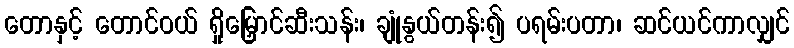
တောနှင့် တောင်ဝယ် ရှိုမြှောင်ဆီးသန်း၊ ချုံနွယ်တန်း၍ ပရမ်းပတာ၊ ဆင်ယင်ကာလျှင်